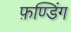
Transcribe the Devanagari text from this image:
फ़ण्डिंग